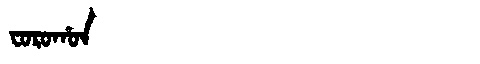
Manchu: ᠸᠣᡵᠣᡥᠣᠨ
Romanization: FOROHON